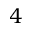
4